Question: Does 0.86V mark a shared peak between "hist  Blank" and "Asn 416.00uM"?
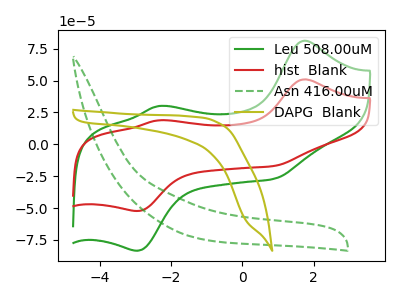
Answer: <think>The green curve "Leu 508.00uM" has anodic peaks at (1.75V, 81.20uA) (-2.35V, 30.00uA) and cathodic peaks at (0.90V, -27.15uA) (-2.95V, -83.50uA). The red curve "hist  Blank" has anodic peaks at (1.75V, 50.90uA) (-2.35V, 18.80uA) and cathodic peaks at (0.90V, -17.00uA) (-2.95V, -52.35uA). The green dashed curve "Asn 416.00uM" has no peaks. The olive curve "DAPG  Blank" has no peaks.</think>
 <answer>No, "hist  Blank" and "Asn 416.00uM" dont share a peak at 0.86V.</answer>
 <eval>mismatch</eval>